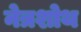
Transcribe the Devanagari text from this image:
नेत्रशोथ